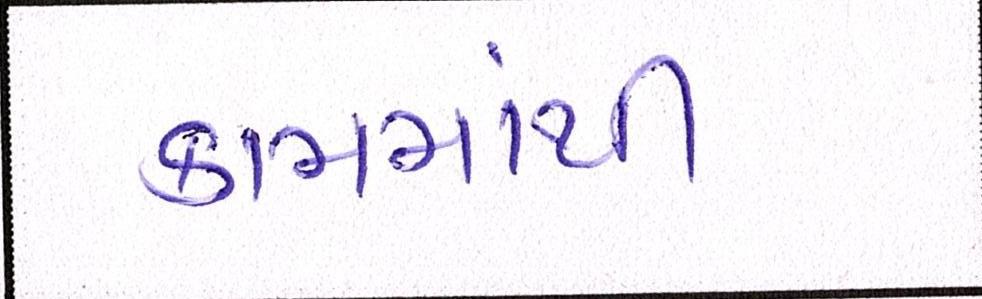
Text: કામમાંથી